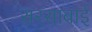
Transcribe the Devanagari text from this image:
सरसाबाई